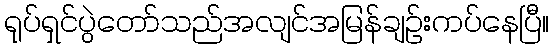
ရုပ်ရှင်ပွဲတော်သည်အလျင်အမြန်ချဉ်းကပ်နေပြီ။